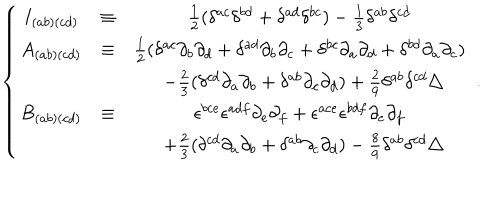
\left\{ \begin{matrix} { { I _ { ( a b ) ( c d ) } } } & { { \equiv } } & { { \frac { 1 } { 2 } ( \delta ^ { a c } \delta ^ { b d } + \delta ^ { a d } \delta ^ { b c } ) - \frac { 1 } { 3 } \delta ^ { a b } \delta ^ { c d } } } \\ { { A _ { ( a b ) ( c d ) } } } & { { \equiv } } & { { \frac { 1 } { 2 } ( \delta ^ { a c } \partial _ { b } \partial _ { d } + \delta ^ { a d } \partial _ { b } \partial _ { c } + \delta ^ { b c } \partial _ { a } \partial _ { d } + \delta ^ { b d } \partial _ { a } \partial _ { c } ) } } \\ { { } } & { { } } & { { \: \: - \frac { 2 } { 3 } ( \delta ^ { c d } \partial _ { a } \partial _ { b } + \delta ^ { a b } \partial _ { c } \partial _ { d } ) + \frac { 2 } { 9 } \delta ^ { a b } \delta ^ { c d } \triangle } } \\ { { B _ { ( a b ) ( c d ) } } } & { { \equiv } } & { { \epsilon ^ { b c e } \epsilon ^ { a d f } \partial _ { e } \partial _ { f } + \epsilon ^ { a c e } \epsilon ^ { b d f } \partial _ { e } \partial _ { f } } } \\ { { } } & { { } } & { { \: \: + \frac { 2 } { 3 } ( \delta ^ { c d } \partial _ { a } \partial _ { b } + \delta ^ { a b } \partial _ { c } \partial _ { d } ) - \frac { 8 } { 9 } \delta ^ { a b } \delta ^ { c d } \triangle } } \\ \end{matrix} \right. \ .